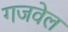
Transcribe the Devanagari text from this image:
गजवेल